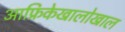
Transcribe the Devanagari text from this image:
आफ्रिकेखालोखाल